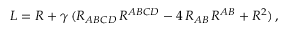
{ \cal L } = R + \gamma \, ( R _ { A B C D } \, R ^ { A B C D } - 4 \, R _ { A B } \, R ^ { A B } + R ^ { 2 } ) \, ,